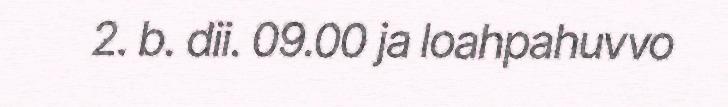
2. b. dii. 09.00 ja loahpahuvvo